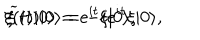
LaTeX: \xi ( t ) | 0 \rangle = e ^ { i t } \xi | 0 \rangle , \hspace { 1 . 0 i n } { \widetilde \xi } ( t ) | 0 \rangle = - i e ^ { i t } \xi | 0 \rangle ,